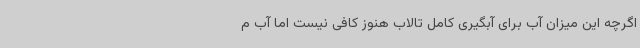
اگرچه این میزان آب برای آبگیری کامل تالاب هنوز کافی نیست اما آب م